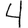
Digit: 4